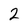
Character: 2